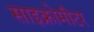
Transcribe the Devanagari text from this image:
साइक्रोमीटर